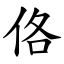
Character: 佫